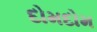
દોમદોમ